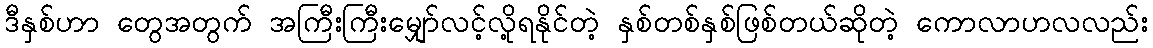
ဒီနှစ်ဟာ တွေအတွက် အကြီးကြီးမျှော်လင့်လို့ရနိုင်တဲ့ နှစ်တစ်နှစ်ဖြစ်တယ်ဆိုတဲ့ ကောလာဟလလည်း